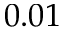
0 . 0 1